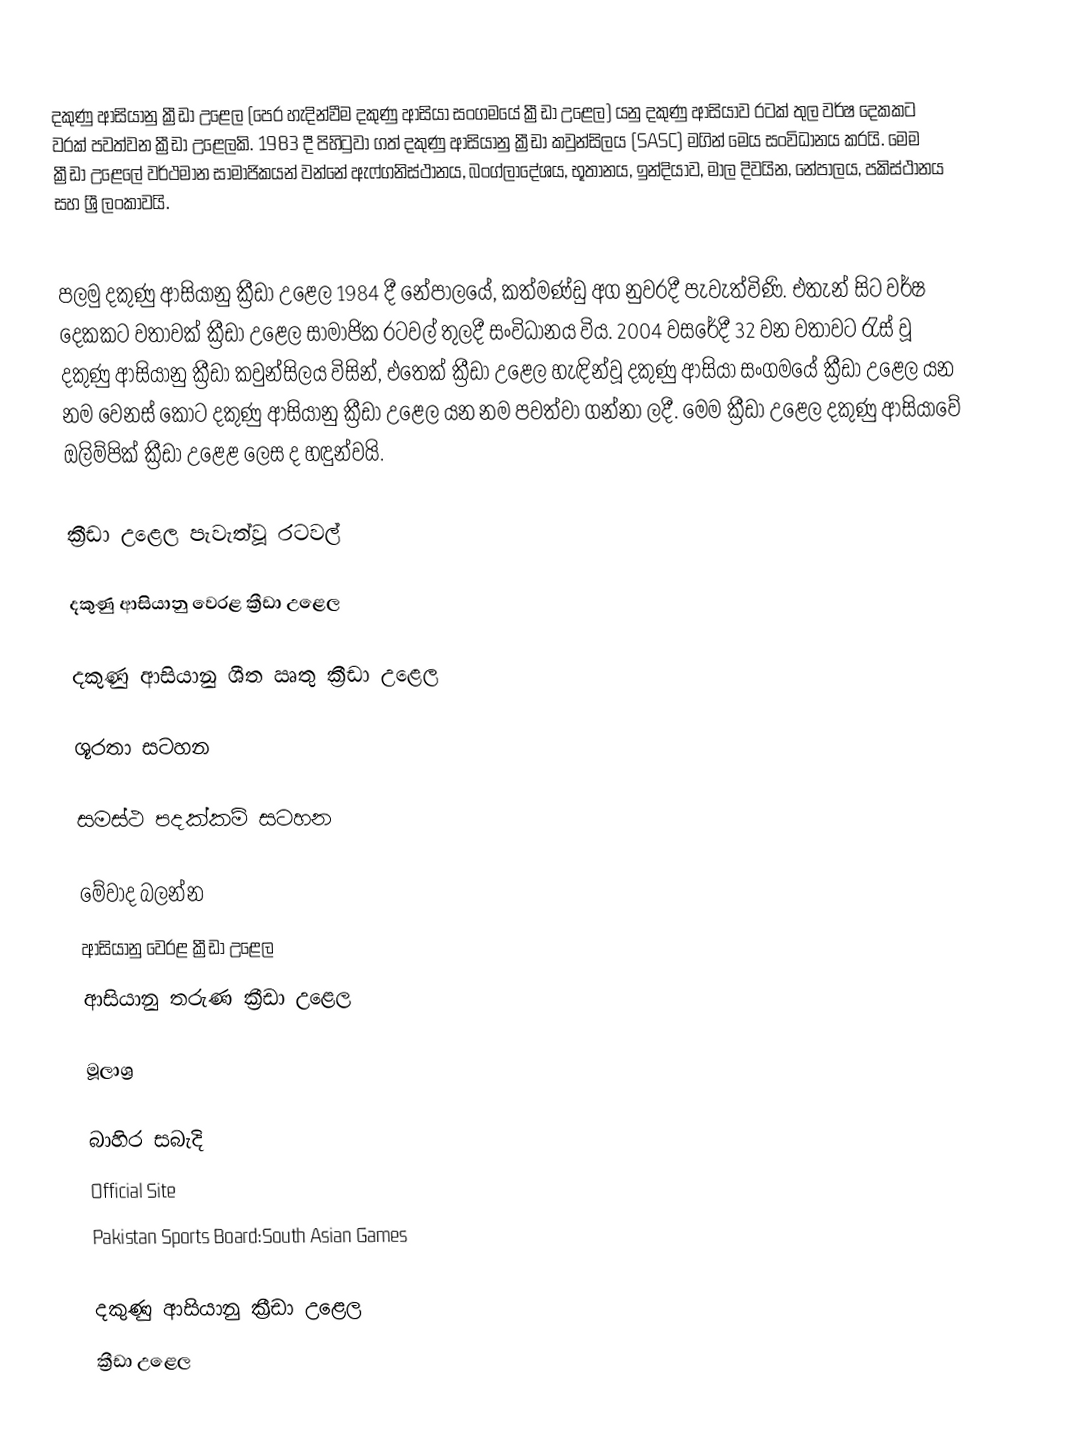
දකුණු ආසියානු ක්‍රීඩා උළෙල (පෙර හැදින්වීම දකුණු ආසියා සංගමයේ ක්‍රීඩා උළෙල) යනු දකුණු ආසියාව රටක් තුල වර්ෂ දෙකකට වරක් පවත්වන ක්‍රීඩා උළෙලකි. 1983 දී පිහිටුවා ගත් දකුණු ආසියානු ක්‍රීඩා කවුන්සිලය (SASC) මගින් මෙය සංවිධානය කරයි. මෙම ක්‍රීඩා උළෙලේ වර්ථමාන සාමාජිකයන් වන්නේ  ඇෆ්ගනිස්ථානය, බංග්ලාදේශය, භූතානය, ඉන්දියාව,  මාල දිවයින, නේපාලය, පකිස්ථානය සහ ශ්‍රී ලංකාවයි.

පලමු දකුණු ආසියානු ක්‍රීඩා උළෙල 1984 දී නේපාලයේ, කත්මණ්ඩු අග නුවරදී පැවැත්විණි. එතැන් සිට වර්ෂ දෙකකට වතාවක් ක්‍රීඩා උළෙල සාමාජික රටවල් තුලදී සංවිධානය විය. 2004 වසරේදී 32 වන වතාවට රැස් වූ දකුණු ආසියානු ක්‍රීඩා කවුන්සිලය විසින්, එතෙක් ක්‍රීඩා උළෙල හැඳින්වූ දකුණු ආසියා සංගමයේ ක්‍රීඩා උළෙල යන නම වෙනස් කොට දකුණු ආසියානු ක්‍රීඩා උළෙල යන නම පවත්වා ගන්නා ලදී.  මෙම ක්‍රීඩා උළෙල දකුණු ආසියාවේ ඔලිම්පික් ක්‍රීඩා උළෙළ ලෙස ද හඳුන්වයි.

ක්‍රීඩා උළෙල පැවැත්වූ රටවල්

දකුණු ආසියානු වෙරළ ක්‍රීඩා උළෙල

දකුණු ආසියානු ශීත ඍතු ක්‍රීඩා උළෙල

ශූරතා සටහන

සමස්ථ පදක්කම් සටහන

මේවාද බලන්න
ආසියානු වෙරළ ක්‍රීඩා උළෙල
ආසියානු තරුණ ක්‍රීඩා උළෙල

මූලාශ්‍ර

බාහිර සබැදි
 Official Site
 Pakistan Sports Board:South Asian Games

දකුණු ආසියානු ක්‍රීඩා උළෙල
ක්‍රීඩා උළෙල